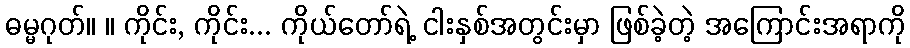
ဓမ္မဂုတ်။ ။ ကိုင်း, ကိုင်း... ကိုယ်တော်ရဲ့ ငါးနှစ်အတွင်းမှာ ဖြစ်ခဲ့တဲ့ အကြောင်းအရာကို